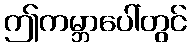
ဤကမ္ဘာပေါ်တွင်